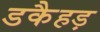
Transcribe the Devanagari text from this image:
डकैहड़